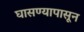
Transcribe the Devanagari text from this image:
घासण्यापासून